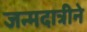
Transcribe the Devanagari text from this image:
जन्मदात्रीने